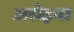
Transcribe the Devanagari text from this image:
अरोइबा